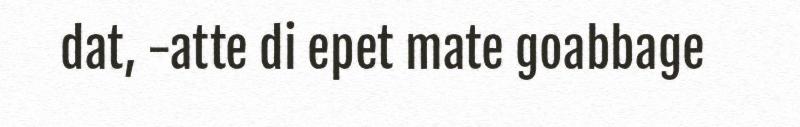
dat, -atte di epet mate goabbage